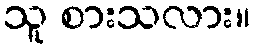
သူ စားသလား။